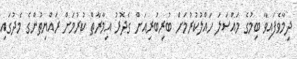
ދިމާވެފައިވާ ބިމުގެ މައްސަލަ ހައްލުކުރުމަށް ބުރިބުރިއަށް ގެދޮރު އިމާރާތް ކުރުމަށް ރައްޔިތުންގެ މެދުގައި